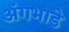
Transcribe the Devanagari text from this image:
अंगभाडे